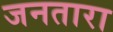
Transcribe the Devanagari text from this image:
जनतारा